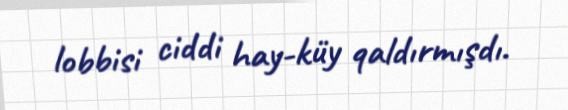
lobbisi ciddi hay-küy qaldırmışdı.